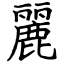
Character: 麗